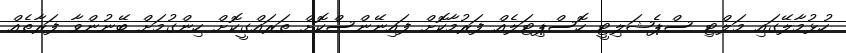
ހުޅުމާލޭގައި މަލްޓި ސްޕެޝަލިޓީ ހޮސްޕިޓަލެއް ފަރުމާކޮށް ފައިނޭންސްކޮށް ތަރައްގީކޮށް ހިންގުމަށް ބޭނުންވާ ފަރާތެއް